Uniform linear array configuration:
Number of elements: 16
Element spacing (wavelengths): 0.5
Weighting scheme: blackman
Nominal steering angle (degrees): -15
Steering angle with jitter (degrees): -15.998
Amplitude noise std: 0.05
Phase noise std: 0.05

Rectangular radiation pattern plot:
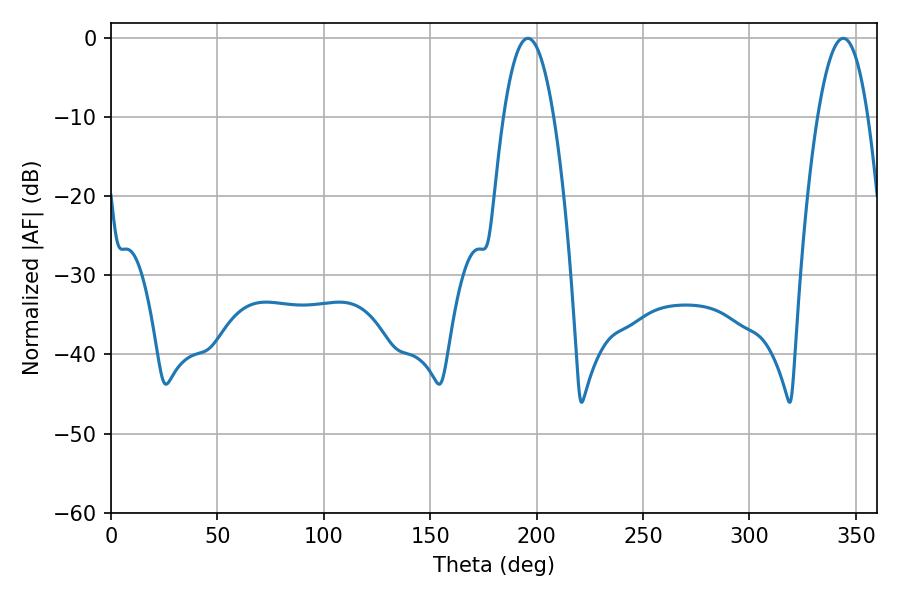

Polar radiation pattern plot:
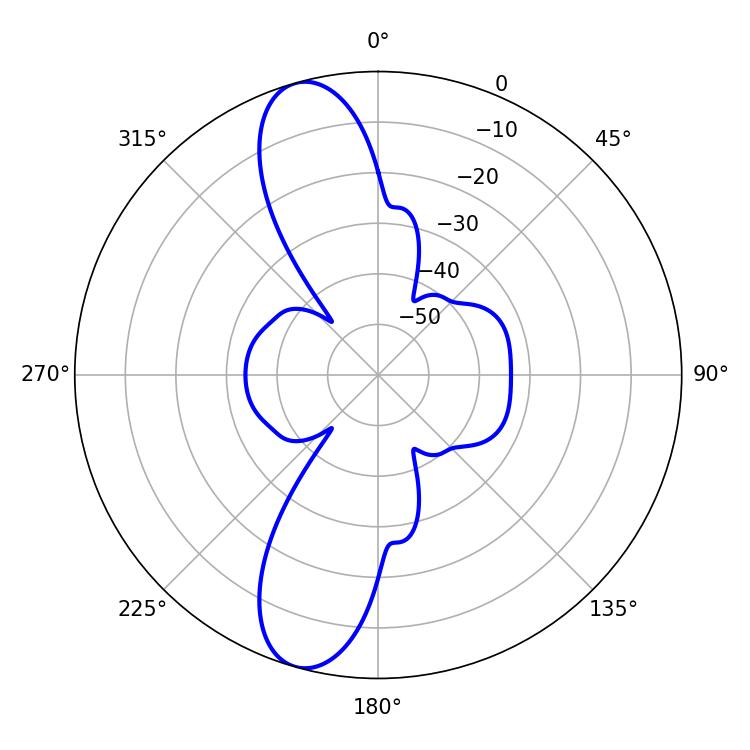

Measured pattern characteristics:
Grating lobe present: FALSE
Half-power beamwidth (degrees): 12.96
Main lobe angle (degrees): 195.84